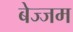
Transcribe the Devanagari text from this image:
बेज्जम